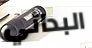
البدائي